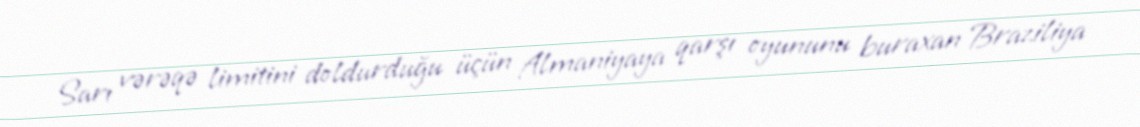
Sarı vərəqə limitini doldurduğu üçün Almaniyaya qarşı oyununu buraxan Braziliya